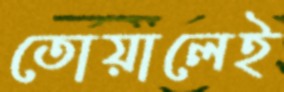
তোয়ালেই